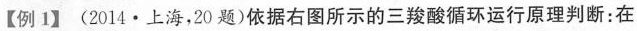
【例1】 (2014·上海，20题)依据右图所示的三羧酸循环运行原理判断：在